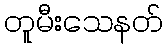
တူမီးသေနတ်